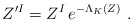
\begin{align*}Z'^I=Z^I\,e^{-\Lambda_K(Z)} \ .\end{align*}